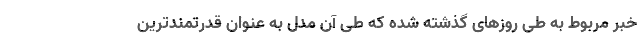
خبر مربوط به طی روزهای گذشته شده که طی آن مدل به عنوان قدرتمندترین